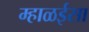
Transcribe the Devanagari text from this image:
म्हाळईसा